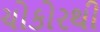
ચોકોરથી